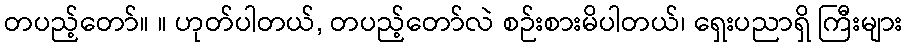
တပည့်တော်။ ။ ဟုတ်ပါတယ်, တပည့်တော်လဲ စဉ်းစားမိပါတယ်၊ ရှေးပညာရှိ ကြီးများ